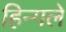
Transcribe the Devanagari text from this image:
हिन्गले